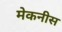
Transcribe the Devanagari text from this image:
मेकनीस